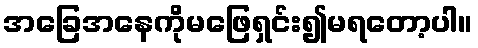
အခြေအနေကိုမဖြေရှင်း၍မရတော့ပါ။